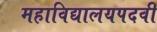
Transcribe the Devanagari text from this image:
महाविद्यालयपदवी